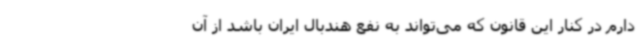
دارم در کنار این قانون که می‌تواند به نفع هندبال ایران باشد از آن